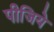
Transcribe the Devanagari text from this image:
पीजिये